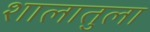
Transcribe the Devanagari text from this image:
शालातुला